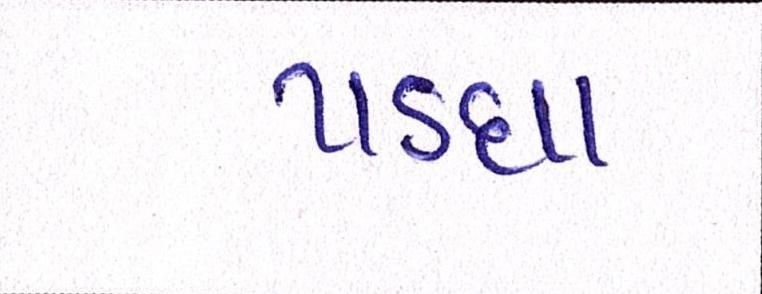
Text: પડઘા